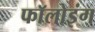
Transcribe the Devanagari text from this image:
फाॅलोइंग